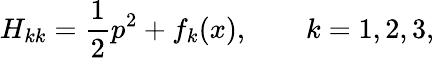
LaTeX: H_{kk}=\frac{1}{2}p^{2}+f_{k}(x),\qquad k=1,2,3,